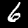
Digit: 6